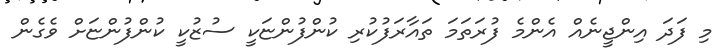
މި ފަދަ އިންޖީނެއް އެންމެ ފުރަތަމަ ތައާރަފުކުރި ކުންފުންޏަކީ ސުޒުކީ ކުންފުންޏަށް ވެގެން